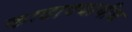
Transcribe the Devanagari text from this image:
काढावयाचीच